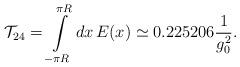
LaTeX: \begin{align*}{\cal T}_{24}=\int\limits_{-\pi R}^{\pi R} dx\, E(x)\simeq 0.225206 \frac{1}{g_0^2}.\end{align*}